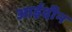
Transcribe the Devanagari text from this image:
आईदीन